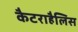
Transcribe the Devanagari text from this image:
कैटराहैलिस